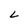
Character: L